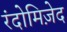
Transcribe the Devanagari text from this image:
रंदोमिज़ेद